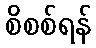
စိစစ်ရန်